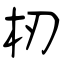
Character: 杒